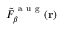
\tilde { F } _ { \beta } ^ { \mathrm { ~ a ~ u ~ g ~ } } ( \mathbf { r } )